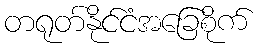
တရုတ်နိုင်ငံအခြေစိုက်